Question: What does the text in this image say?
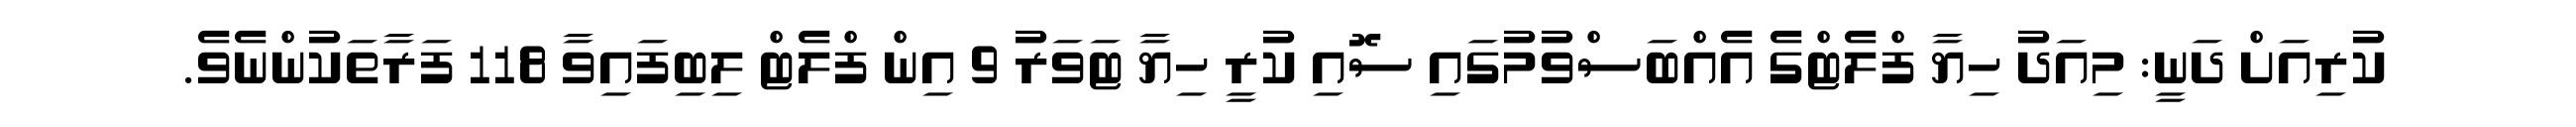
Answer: ކުރިއަށް ދަނީ: މިއަދު ހިޔާ ފްލެޓްގެ އެއްބަސްވުމުގައި ސޮއި ކުރީ ހިޔާ ޓަވަރު 9 އިން ފްލެޓް ލިބިފައިވާ 118 ފަރާތަކުންނެވެ.